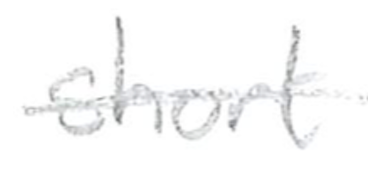
Text: short
Cross-out: single-line
Writing tool: pencil